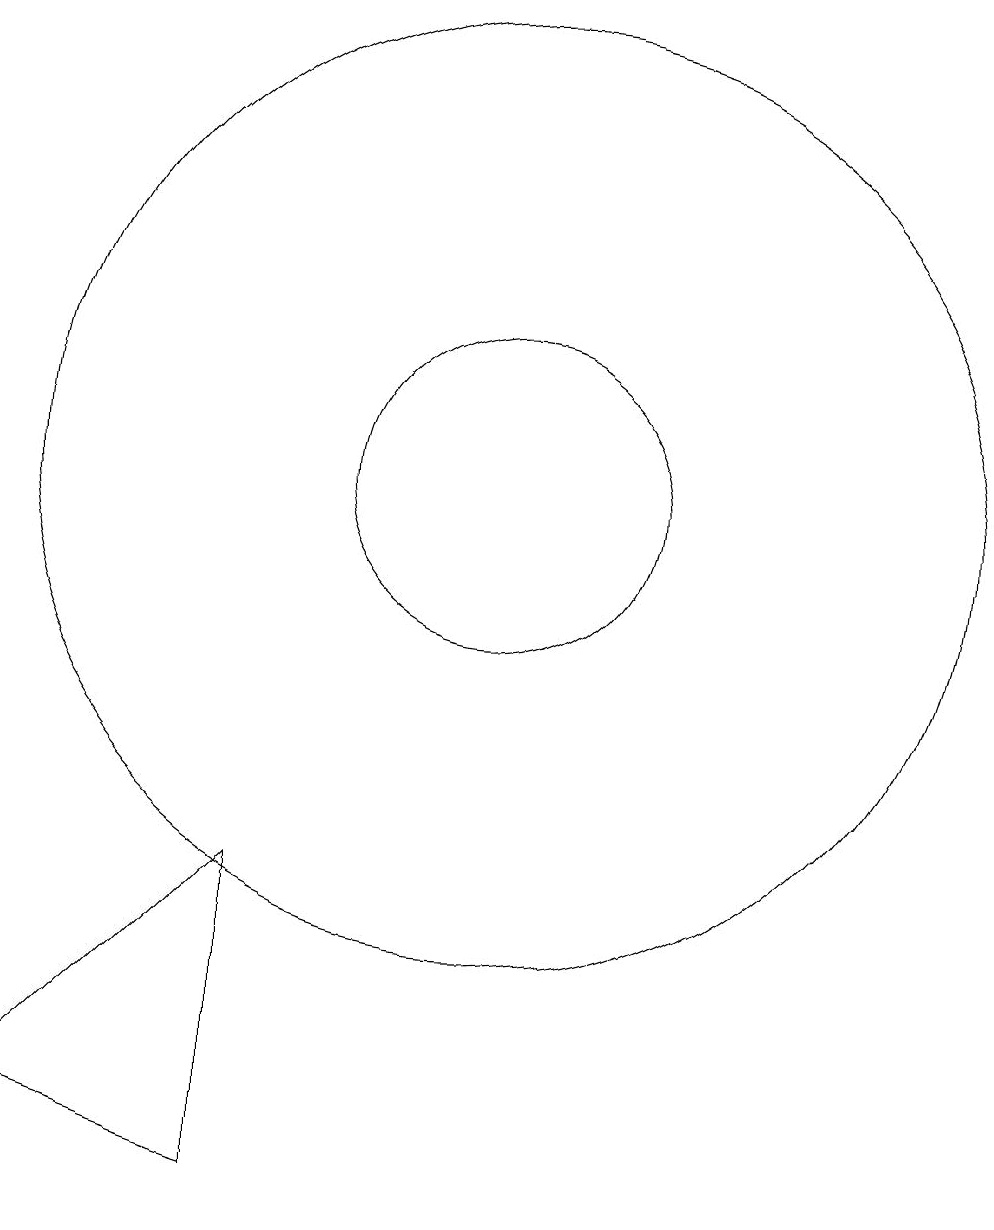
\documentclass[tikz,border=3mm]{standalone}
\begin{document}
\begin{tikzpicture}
\draw (11,11) circle (6);
\draw (11,11) circle (2);
\draw (8,2) -- (5,3) -- (8,6) -- cycle;
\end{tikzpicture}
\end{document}